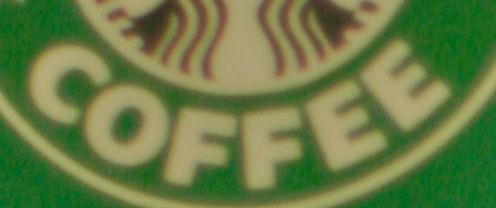
COFFEE